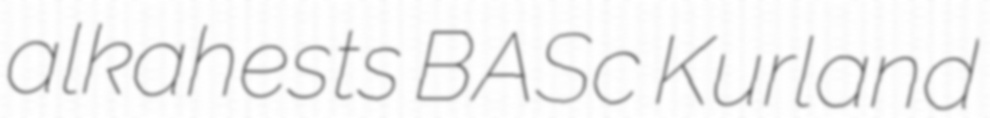
alkahests BASc Kurland